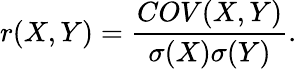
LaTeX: r(X,Y)=\frac{COV(X,Y)}{\sigma(X)\sigma(Y)}.